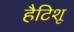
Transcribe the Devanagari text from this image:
हैटिशू